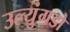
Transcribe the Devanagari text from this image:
उल्युंगडो